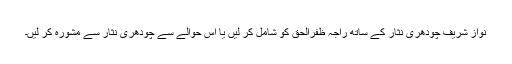
نواز شریف چودھری نثار کے ساتھ راجہ ظفرالحق کو شامل کر لیں یا اس حوالے سے چودھری نثار سے مشورہ کر لیں۔